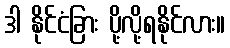
ဒါ နိုင်ငံခြား ပို့လို့ရနိုင်လား။